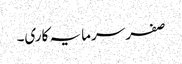
صفر سرمایہ کاری۔